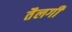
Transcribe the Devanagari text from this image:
तैलगी